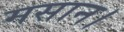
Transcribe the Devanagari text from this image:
मसान।